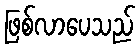
ဖြစ်လာပေသည်